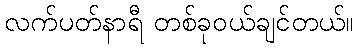
လက်ပတ်နာရီ တစ်ခုဝယ်ချင်တယ်။